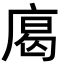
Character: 𢉥